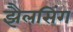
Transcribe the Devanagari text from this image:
झैलसिंग